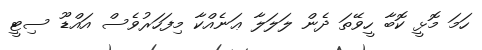
ހަމަ މޮޅީ ކޮބާ ހީވޭތަ ދެން ލަލަލާ ޢަނެއްކާ މިފަހަރުވެސް އައްޑޫ ސިޓީ